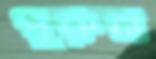
পুরুন